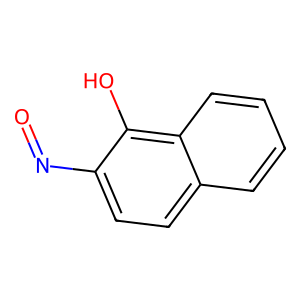
SMILES: O=Nc1ccc2ccccc2c1O
Inhibits HIV replication: No